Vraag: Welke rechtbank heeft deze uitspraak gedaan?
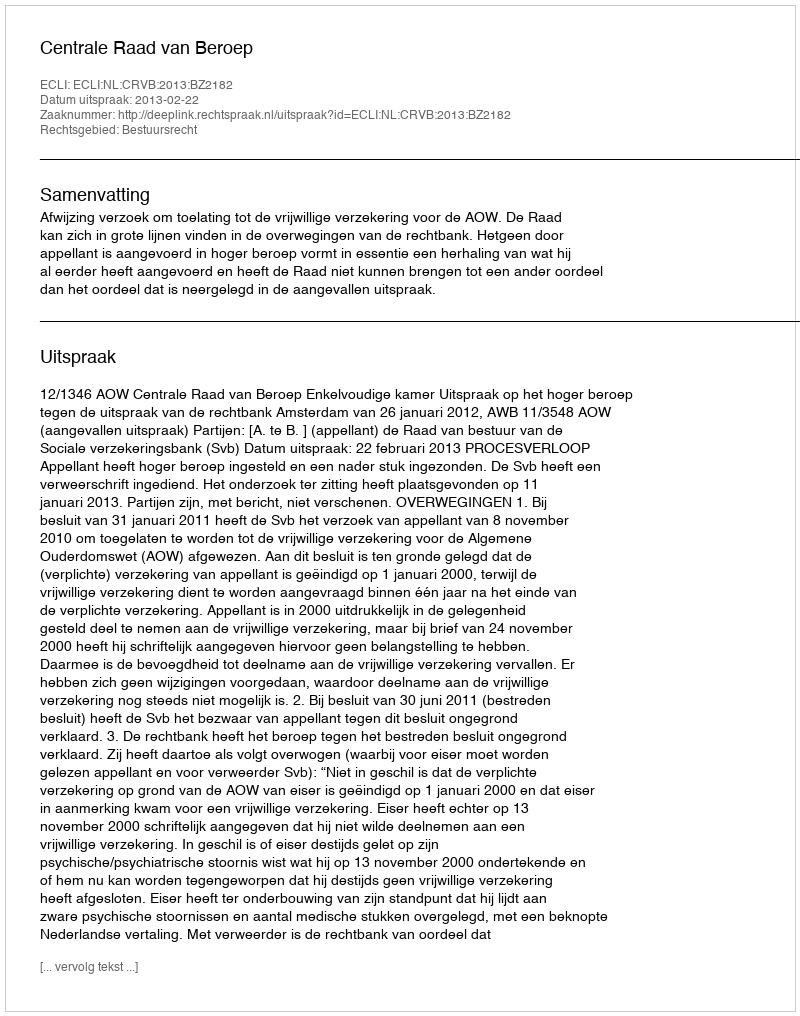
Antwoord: Centrale Raad van Beroep